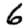
Digit: 6